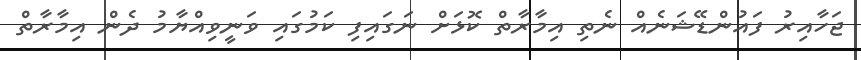
ޖަހާއިރު ފައުންޑޭޝަނެއް ނެތި އިމާރާތް ކޮޅަށް ނަގައިފި ކަމުގައި ވަނީވިއްޔާމު ދެން އިމާރާތް